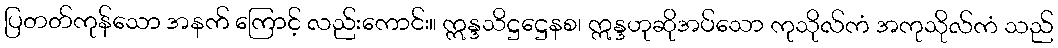
ပြတတ်ကုန်သော အနက် ကြောင့် လည်းကောင်း။ ဣန္ဒသိဋ္ဌဋ္ဌေနစ၊ ဣန္ဒဟုဆိုအပ်သော ကုသိုလ်ကံ အကုသိုလ်ကံ သည်